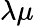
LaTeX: \lambda\mu